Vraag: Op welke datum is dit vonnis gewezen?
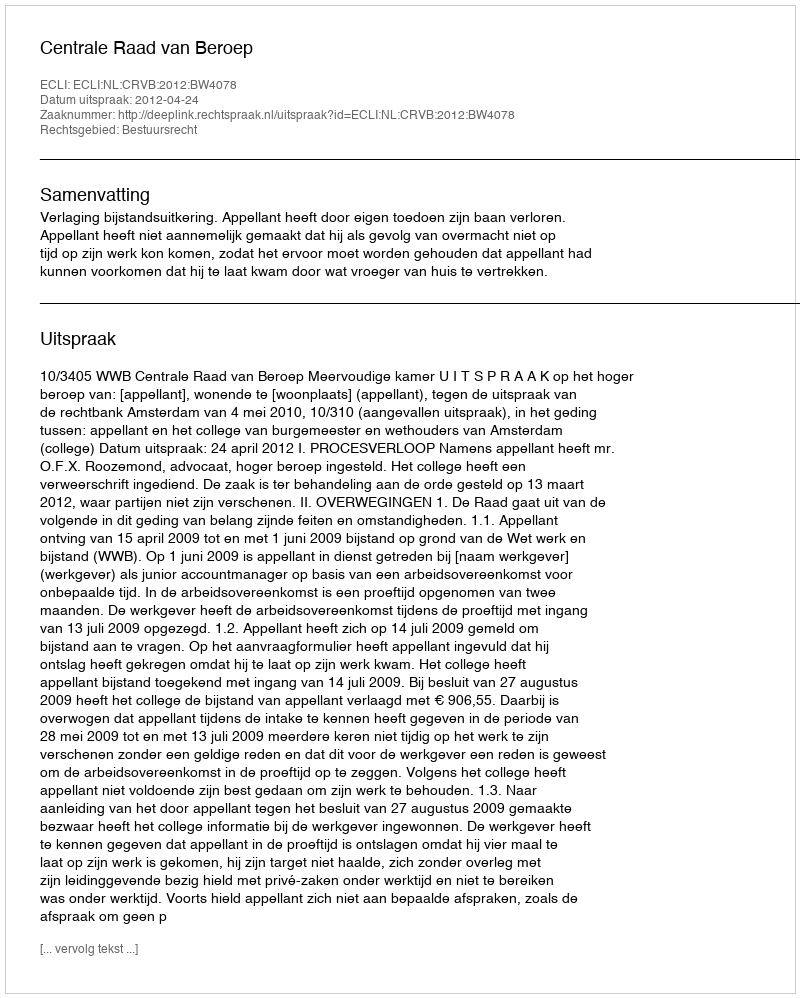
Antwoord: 2012-04-24